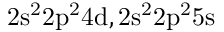
\mathrm { 2 s ^ { 2 } 2 p ^ { 2 } 4 d , 2 s ^ { 2 } 2 p ^ { 2 } 5 s }